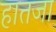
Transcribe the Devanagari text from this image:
हातजा